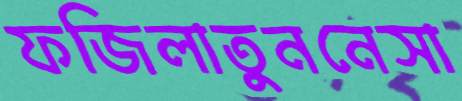
ফজিলাতুননেসা